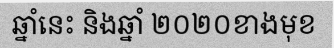
ឆ្នាំនេះ និងឆ្នាំ ២០២០ខាងមុខ